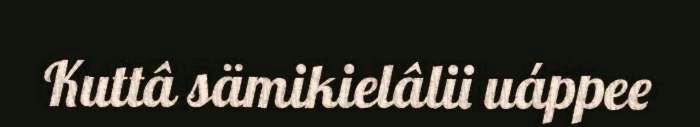
Kuttâ sämikielâlii uáppee